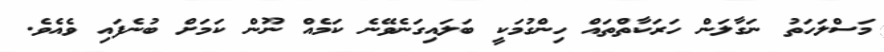
މަސްލަހަތު ނަގާލަން ހަރަކާތްތައް ހިންގުމަކީ ބަލައިގަނެވޭނެ ކަމެއް ނޫން ކަމަށް ބުނެފައި ވެއެވެ.